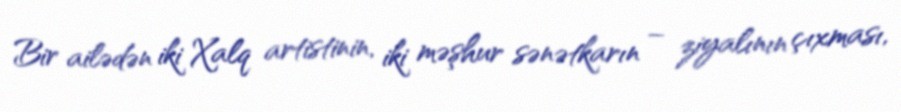
Bir ailədən iki Xalq artistinin, iki məşhur sənətkarın – ziyalının çıxması,